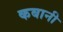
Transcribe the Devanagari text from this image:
कबानी